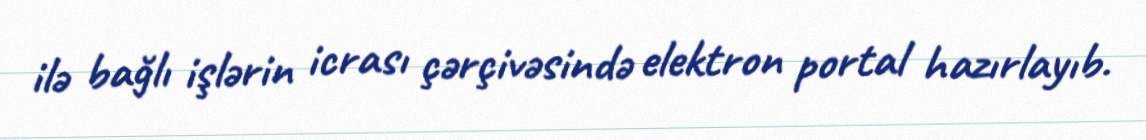
ilə bağlı işlərin icrası çərçivəsində elektron portal hazırlayıb.